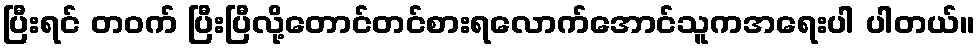
ပြီးရင် တဝက် ပြီးပြီလို့တောင်တင်စားရလောက်အောင်သူကအရေးပါ ပါတယ်။